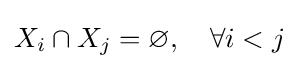
X_{i}\cap X_{j}=\varnothing ,\quad \forall i<j